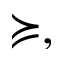
\succcurlyeq ,